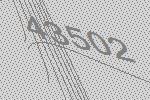
43502